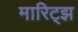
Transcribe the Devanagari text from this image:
मारिट्झ